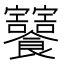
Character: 𩟸